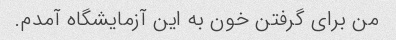
من برای گرفتن خون به این آزمایشگاه آمدم.